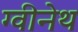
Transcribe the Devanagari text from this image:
ग्वीनेथ